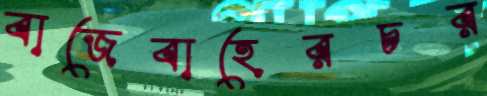
বাজেবাহেরচর